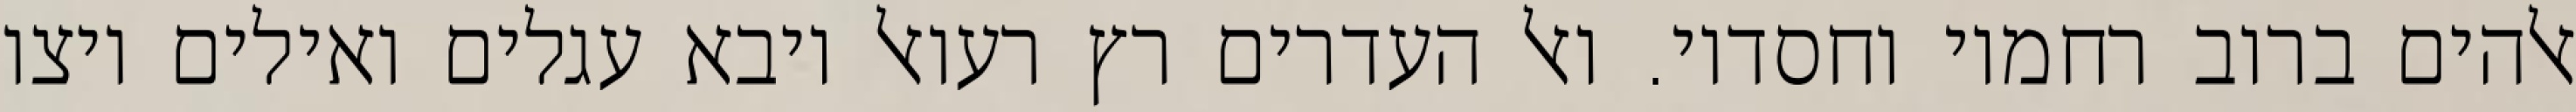
אלהים ברוב רחמיו וחסדיו. ואל העדרים רץ רעואל ויבא עגלים ואילים ויצו